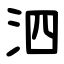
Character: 泗